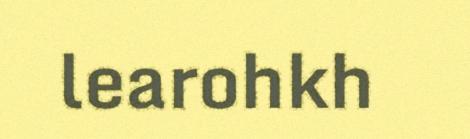
learohkh